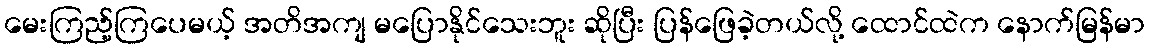
မေးကြည့်ကြပေမယ့် အတိအကျ မပြောနိုင်သေးဘူး ဆိုပြီး ပြန်ဖြေခဲ့တယ်လို့ ထောင်ထဲက နောက်မြန်မာ